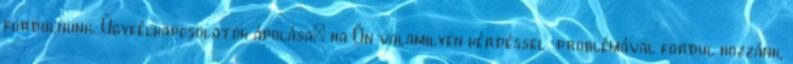
fordulnunk. Ügyfélkapcsolatok ápolása: ha Ön valamilyen kérdéssel problémával fordul hozzánk,